Annual vaccination report of Bihar and Orissa - 1911-1928
Year: 1911
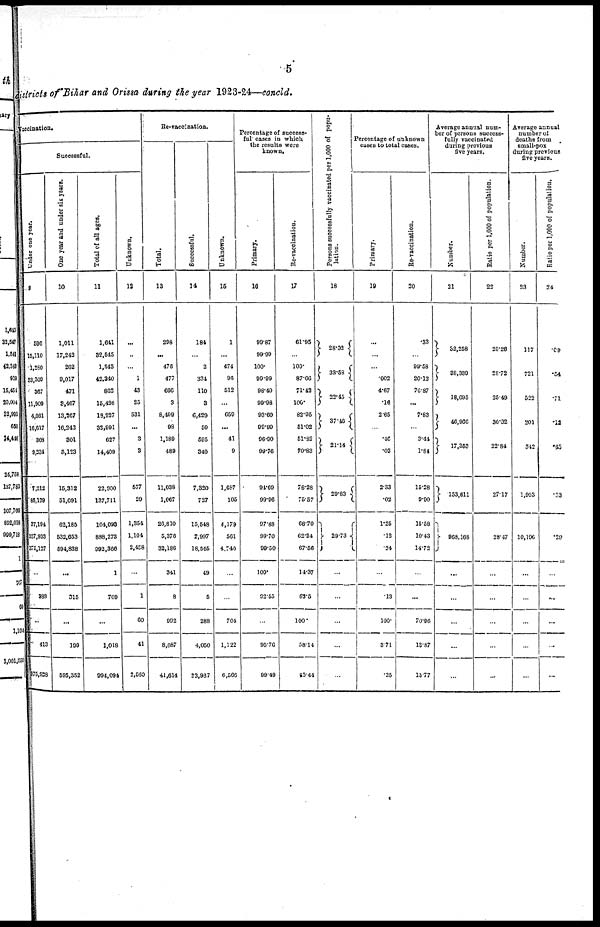
5
districts of Bihar and Orissa during the year 1923-24—concld.
Vaccination.
Successful.
Under one year.
9
596
15,110
1,280
33,309
367
11,909
4,661
16,617
303
9,234
7,212
85,179
37,194
307,933
375,127
...
283
...
413
376,928
One year and under six years.
10
1,011
17,243
262
9,017
471
8,467
13,267
16,243
301
5,123
15,312
51,091
62,185
532,653
594,838
...
315
...
199
595,352
Total of all ages.
11
1,641
32,545
1,543
42,340
862
15,426
19,227
32,991
627
14,409
22,900
137,711
104,023
888,273
992,366
1
709
...
1,018
994,094
Unknown.
12
...
...
...
1
43
25
531
...
3
3
577
29
1,354
1,104
2,458
...
1
60
41
2,560
Re-vaccination.
Total.
13
208
...
476
477
666
3
8,409
98
1,189
489
11,038
1,067
26,810
5,376
32,186
341
8
992
8,087
41,614
Successful.
14
184
...
2
334
110
3
6,429
50
595
340
7,320
727
15,548
2,997
18,546
49
5
288
4,050
23,937
Unknown.
15
1
...
474
96
512
...
659
...
41
9
1,687
105
4,179
561
4,740
...
...
704
1,122
6,566
Percentage of success-
ful cases in which
the results were
known.
Primary.
16
99.87
99.99
100.
99.99
98.40
99.98
93.60
99.99
96.90
99.76
94.69
99.96
97.88
99.70
99.50
100.
92.55
...
95.76
99.49
Re-vaccination.
17
61.95
...
100.
87.66
71.42
106.
82.95
51.02
51.82
70.83
78.28
75.57
68.70
62.24
67.56
14.37
62.5
100.
58.14
65.44
Persons successfully vaccinated per 1,000 of popu-
lation.
18
28.92
33.58
23.45
37.46
21.14
29.83
29.73
...
...
...
...
...
Percentage of unknown
cases to total cases.
Primary.
19
...
...
...
.002
4.67
.16
2.65
...
.46
.02
2.33
.02
1.25
.12
.24
...
.13
100.
3.71
.25
Re-vaccination.
20
.33
...
99.58
20.12
76.87
...
7.83
...
3.44
1.84
15.28
9.90
15.58
10.43
14.72
...
...
70.96
13.87
15.77
Average annual num-
ber of persons success-
fully vaccinated
during previous
five years.
Number.
21
33,258
38,339
18,695
46,966
17,353
153,611
968,168
...
...
...
...
...
Ratio per 1,000 of population.
22
25.26
28.72
25.49
30.32
22.84
27.17
28.47
...
...
...
...
...
Average annual
number of
deaths from
small-pox
during previous
five years.
Number.
23
117
721
522
201
342
1,903
10,196
...
...
...
...
...
Ratio per 1,000 of population,
24
.09
.54
.71
.12
.45
.33
.29
...
...
...
...
...